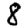
Digit: 8